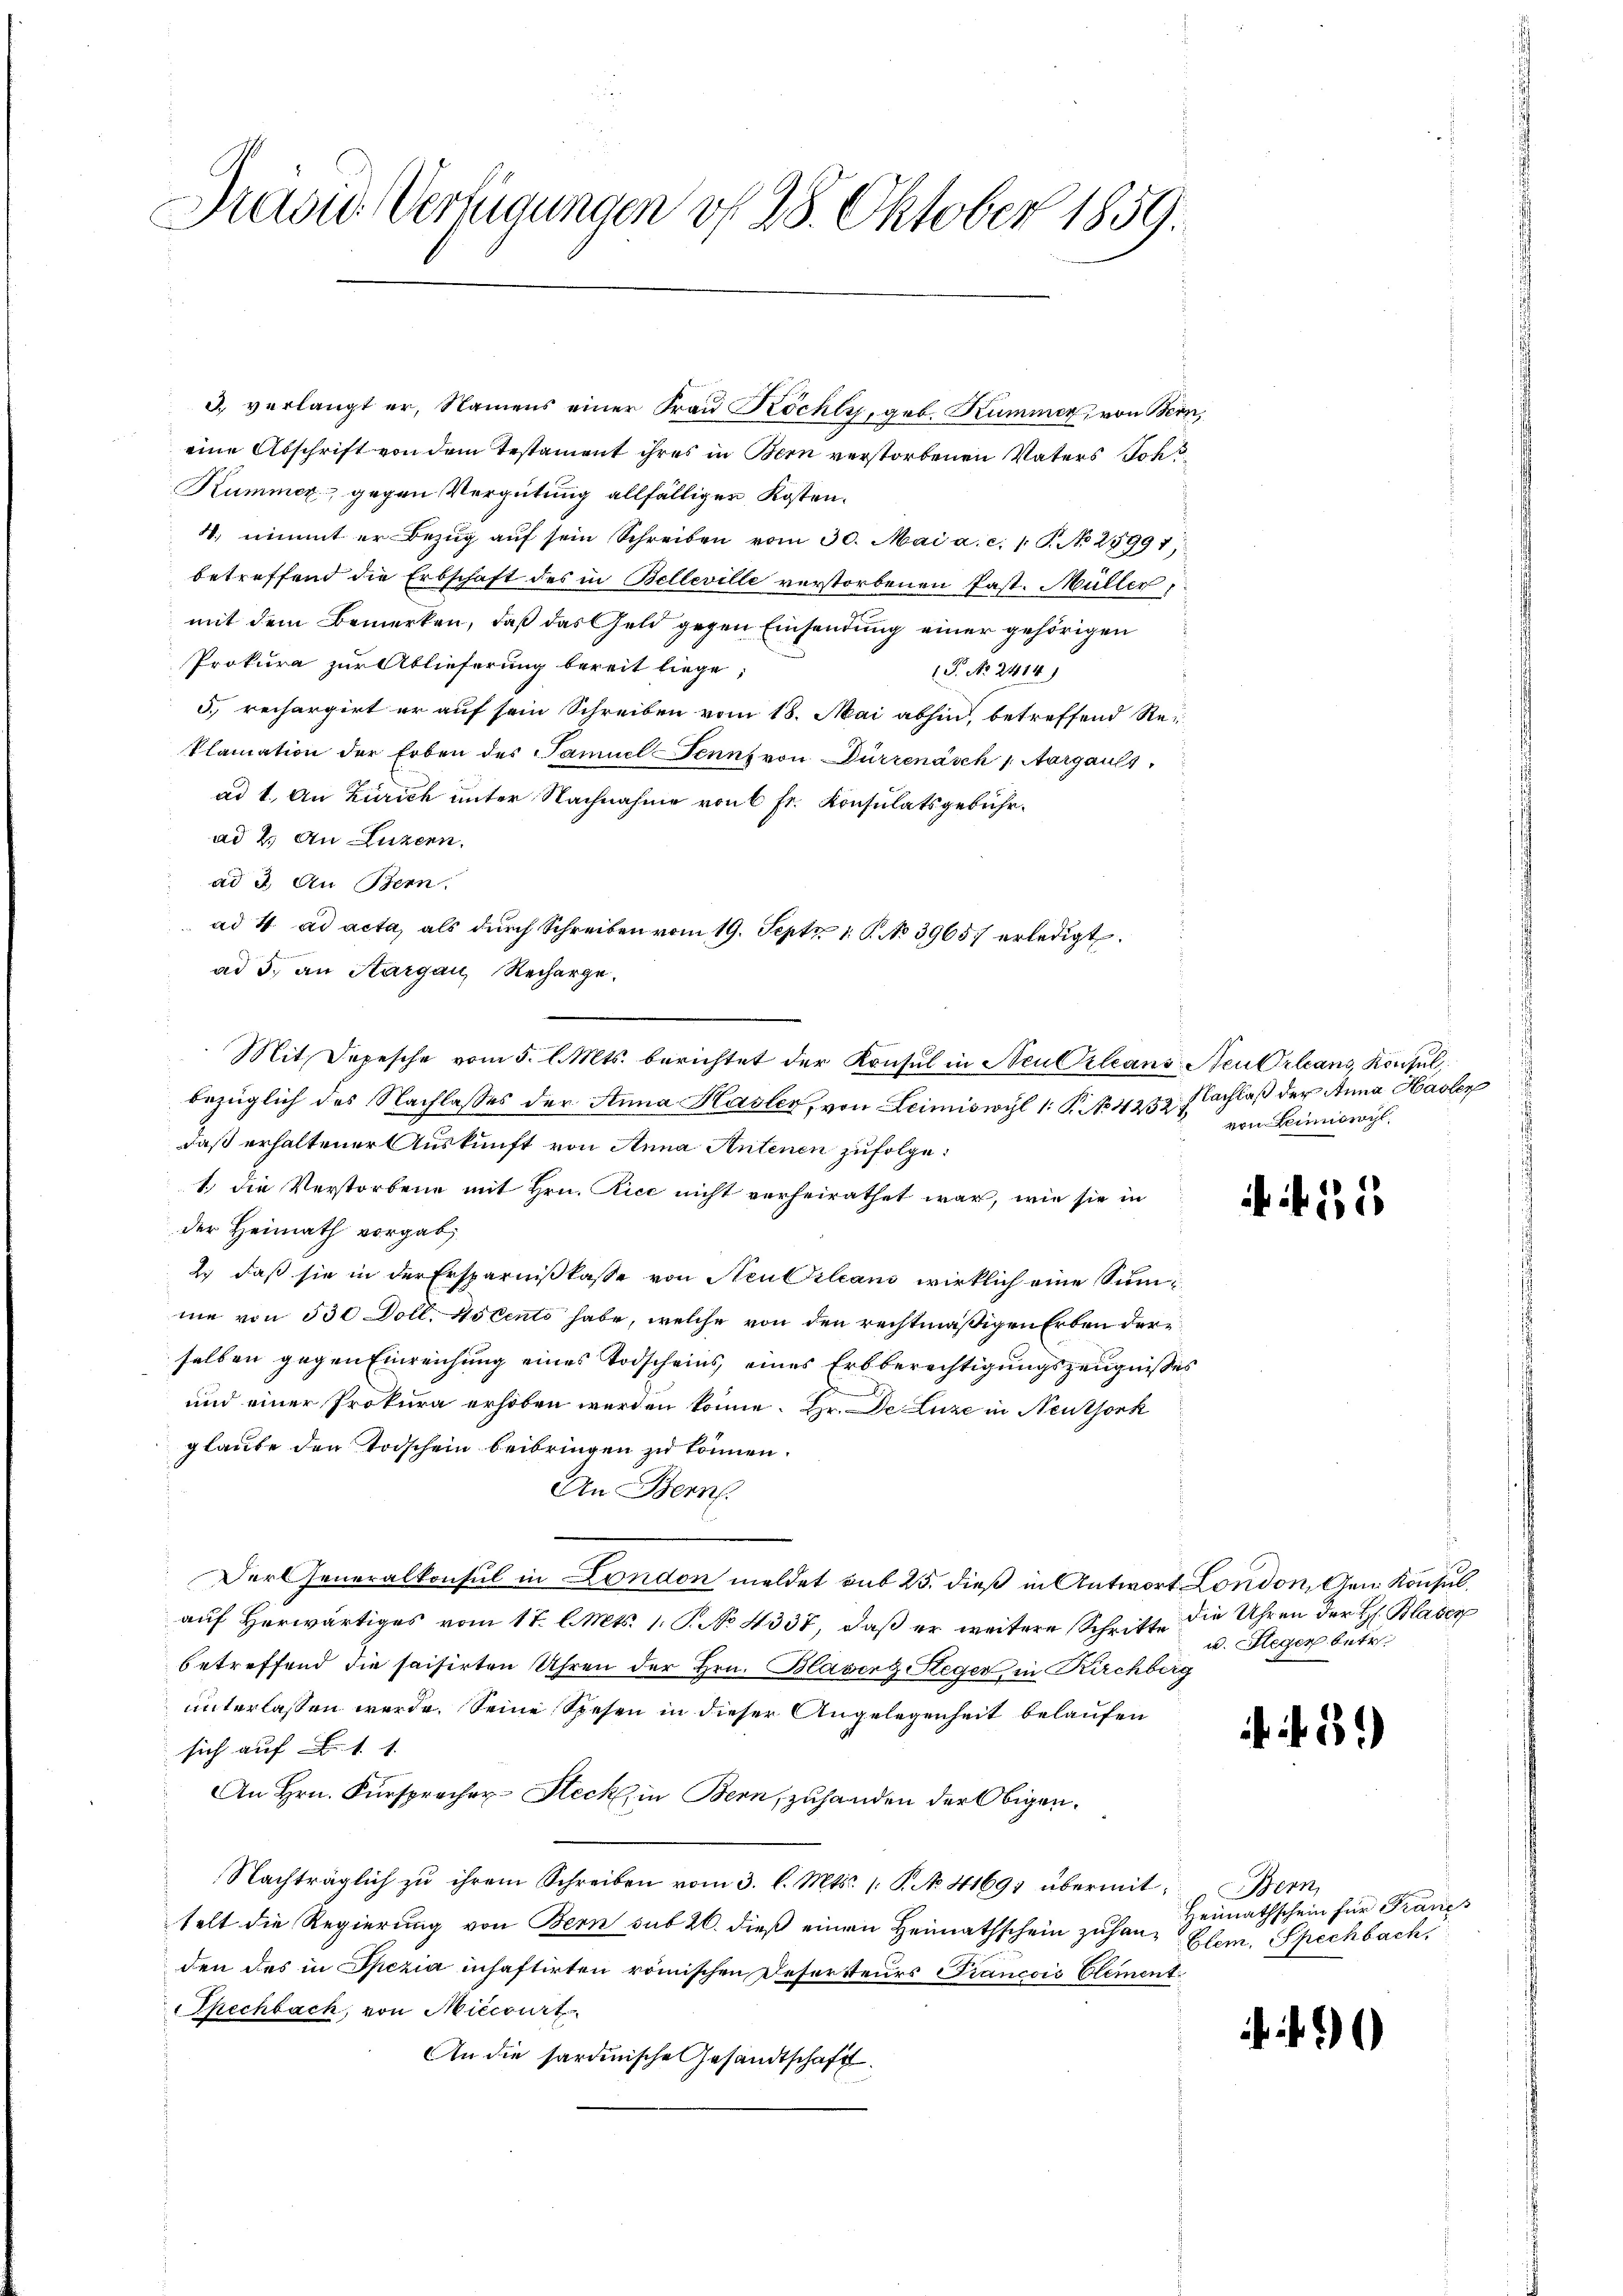
David Verfügungen vf 28. Oktober 1859.

3) verlangt er, Namens einer Frau Köchly, geb. Kummer, von Bern,
eine Abschrift von dem Testament ihres in Bern verstorbenen Vaters Son¬
Kummer gegen Vergütung allfälligen Kosten¬
4. nimmt er Bezug auf sein Schreiben vom 30. Mai a. c. 1 P. No 28991
betreffend die Erbschaft des in Belleville verstorbenen Past. Müller,
mit dem Bemerken, daß das Geld gegen Einsendung einer gehörigen
Prokura zur Ablieferung bereit liege,
T. No. 2414)
5. rechargirt er auf sein Schreiben vom 18. Mai abhin, betreffend Rei¬
Plamation der Erben des Samuel Senns von Dürrenäsch " Aargauls
ad 1. An Zürich unter Nachnahme von 6 fr. Konsulatsgebührad 2. An Luzern.
ad 3. An Bern
ad 4. ad acta, als durch Schreiben vom 19. Sept. 1. P. No 39657 erledigt.
ad 5. an Aargau, Recharge.
bezüglich des Nachlasses der Anna Hasler, von Leimiswyl 1: P. No. 4282. Nachlaß der Anna Hasler
daß erhaltener Auskunft von Anna Antenen zufolge.
1.) die Verstorbene mit Hrn. Rice nicht verheirathet war, wie sie in
der Heimath vorgab
2) daß sie in der Ersparnißkasse von Neubilcani wirklich eine Summe von 530 Doll. 45 Cento habe, welche von den rechtmäßigen Erben der
selben gegen Einreichung eines Todscheins, eines Erbberechtigungszeugnißes
und einer Prokura erhoben werden könne. Hr. De Luze in Neuthork
glaube den Todschein beibringen zu können.
An Bern.
Der Generalkonsul in London meldet sub 25. dieß in Antwort London, Gen. Konsulaŭf herwärtiges vom 17. l. Mts. 1. P. No. 4337, daβ er weitere Schrifte die Uhren der H. Blaser
betreffend die saisirten Uhren der Hrn. Blaserg Heger in Kirchberg
unterlassen werde. Seine Spesen in dieser Angelegenheit belaufen
sich auf 1. 1
An Hrn. Fürsprecher-Steck, in Bern, zuhanden der Obigen.
Nachträglich zu ihrem Schreiben vom 3. l. Mts. /: P. No. 41691 übermittelt die Regierung von Bern sub 20. dieß einen Heimathschein zuhang Elem, Spechbach,
den des in Spezia inhaftirten römischen Desersteurs Francois Element
Thechbach, von Miccourt
An die sardinische Gesandtschaft

Mit Depesche vom 5. l. Mts. berichtet der Konsul in Neu Orleans Neu Orleans, Konsul

von Leinorogl.

N. 11

u. legen betr.

. f. 5)

Bern,
Heimathschein für Francs